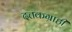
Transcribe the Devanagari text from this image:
दत्तकग्राही